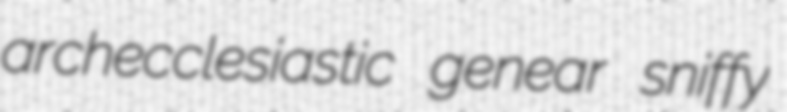
archecclesiastic genear sniffy